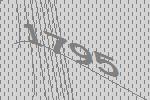
1795